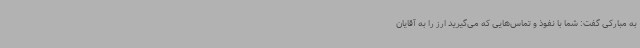
به مبارکی گفت: شما با نفوذ و تماس‌هایی که می‌گیرید ارز را به آقایان